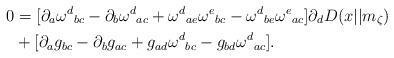
LaTeX: \begin{align*}0 &= [\partial_a {\omega^d}_{bc} - \partial_b {\omega^d}_{ac} + {\omega^d}_{ae} {\omega^e}_{bc} - {\omega^d}_{be} {\omega^e}_{ac}] \partial_d D(x||m_\zeta)\\&+[\partial_a g_{bc} - \partial_b g_{ac} + g_{ad} {\omega^d}_{bc} - g_{bd} {\omega^d}_{ac}].\end{align*}